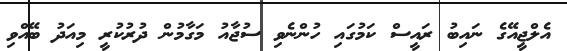
އެލްޖީއޭގެ ނައިބު ރައީސް ކަމުގައި ހުންނެވި ސުޖާއު މަގާމުން ދުރުކުރީ މިއަދު ބޭއްވި